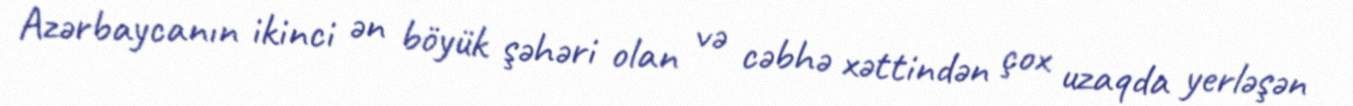
Azərbaycanın ikinci ən böyük şəhəri olan və cəbhə xəttindən çox uzaqda yerləşən